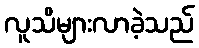
လူသိများလာခဲ့သည်